Vaccination in Bombay 1924-1928 - 1924-1928
Year: 1924
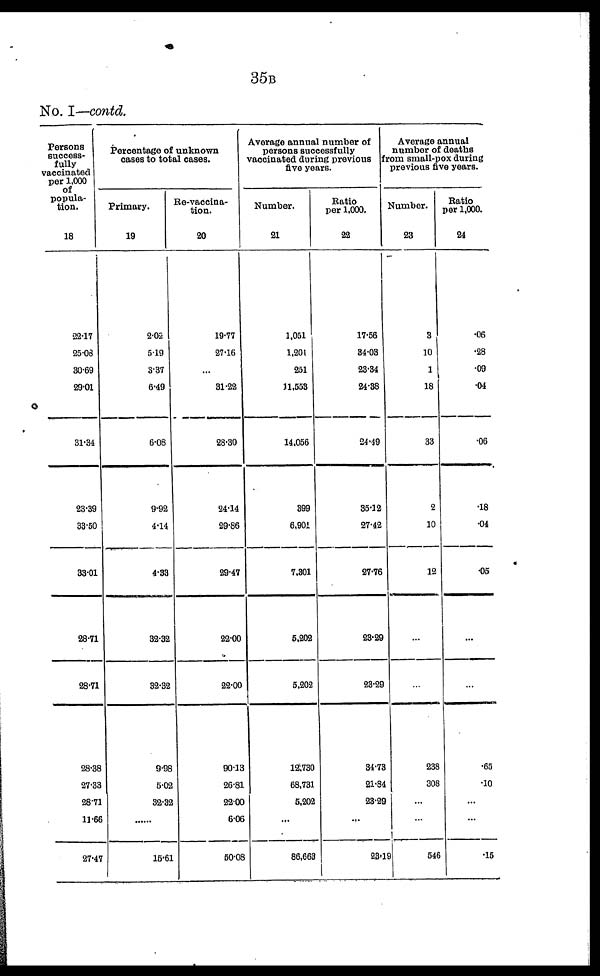
35B
No. I—contd.
Persons
success-
fully
vaccinated
per 1,000
of
popula-
tion.
18
22.17
25.08
30.69
29.01
31.34
23.39
33.60
33.01
28.71
28.71
28.38
27.33
28.71
11.66
27.47
Percentage of unknown
cases to total cases.
Primary.
19
2.02
5.19
3.37
6.49
6.08
9.92
4.14
4.33
32.32
32.32
9.98
5.02
32.32
......
15.61
Re-vaccina¬
tion.
20
19.77
27.16
...
31.22
28-30
24.14
29.86
29.47
22.00
22.00
90.13
26.81
22.00
6.06
50.08
Average annual number of
persons successfully
vaccinated during previous
five years.
Number.
21
1,051
1,201
251
11,553
14,056
399
6,901
7,301
5,202
5,202
12,730
68,731
5,202
...
86,663
Ratio
per 1,000.
22
17.56
34.03
23.34
24.38
24.49
35.12
27.42
27.76
23.29
23.29
34.73
21.84
23.29
...
23.19
Average annual
number of deaths
from small-pox during
previous five years.
Number.
23
3
10
1
18
33
2
10
12
...
...
238
308
...
...
546
Ratio
per 1,000.
24
.06
.28
.09
.04
.06
.18
.04
.05
...
...
.65
.10
...
...
.15